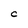
Character: C